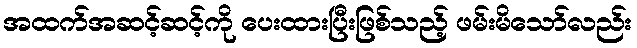
အထက်အဆင့်ဆင့်ကို ပေးထားပြီးဖြစ်သည့် ဖမ်းမိသော်လည်း